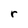
Character: r